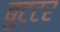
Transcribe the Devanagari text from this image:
बुट्टर